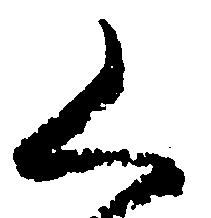
く